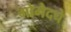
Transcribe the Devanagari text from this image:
गोमेदचे